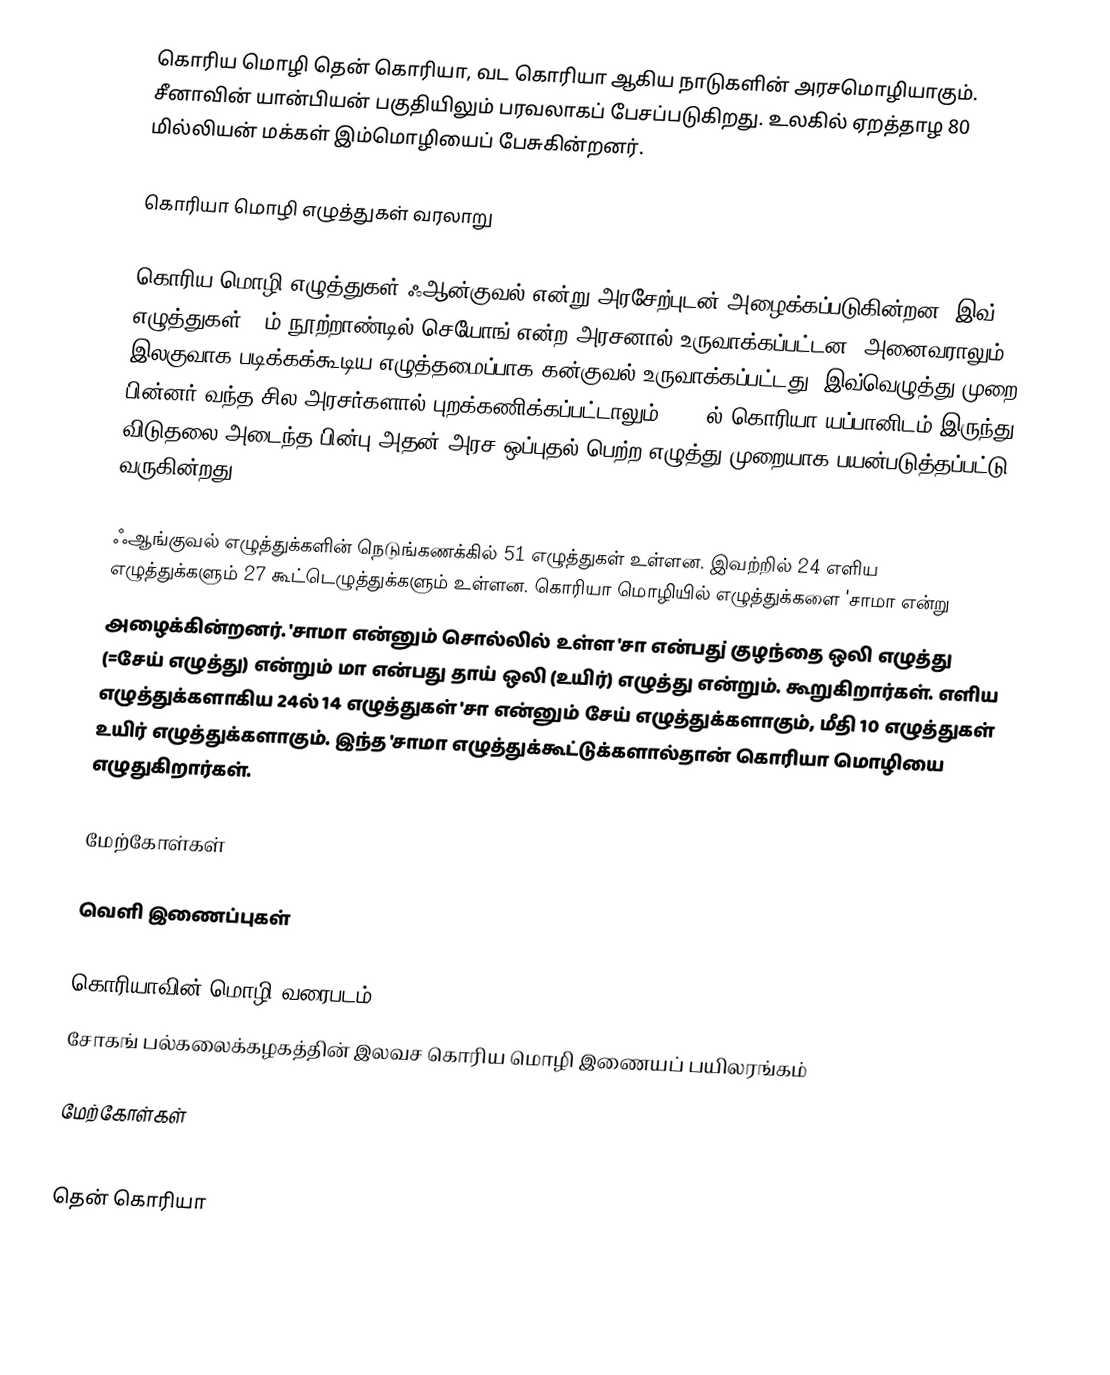
கொரிய மொழி தென் கொரியா, வட கொரியா ஆகிய நாடுகளின் அரசமொழியாகும். சீனாவின் யான்பியன் பகுதியிலும் பரவலாகப் பேசப்படுகிறது. உலகில் ஏறத்தாழ 80 மில்லியன் மக்கள் இம்மொழியைப் பேசுகின்றனர்.

கொரியா மொழி எழுத்துகள் வரலாறு

கொரிய மொழி எழுத்துகள் ஃஆன்குவல் என்று அரசேற்புடன் அழைக்கப்படுகின்றன. இவ் எழுத்துகள் 14ம் நூற்றாண்டில் செயோங் என்ற அரசனால் உருவாக்கப்பட்டன. அனைவராலும் இலகுவாக படிக்கக்கூடிய எழுத்தமைப்பாக கன்குவல் உருவாக்கப்பட்டது. இவ்வெழுத்து முறை பின்னர் வந்த சில அரசர்களால் புறக்கணிக்கப்பட்டாலும், 1945ல் கொரியா யப்பானிடம் இருந்து விடுதலை அடைந்த பின்பு அதன் அரச ஒப்புதல் பெற்ற எழுத்து முறையாக பயன்படுத்தப்பட்டு வருகின்றது.

ஃஆங்குவல் எழுத்துக்களின் நெடுங்கணக்கில் 51 எழுத்துகள் உள்ளன. இவற்றில் 24 எளிய எழுத்துக்களும் 27 கூட்டெழுத்துக்களும் உள்ளன. கொரியா மொழியில் எழுத்துக்களை 'சாமா என்று
அழைக்கின்றனர். 'சாமா என்னும் சொல்லில் உள்ள 'சா என்பது்  குழந்தை ஒலி எழுத்து  (=சேய் எழுத்து) என்றும் மா என்பது  தாய் ஒலி  (உயிர்) எழுத்து என்றும். கூறுகிறார்கள். எளிய எழுத்துக்களாகிய 24ல் 14 எழுத்துகள் 'சா என்னும் சேய் எழுத்துக்களாகும், மீதி 10 எழுத்துகள் உயிர் எழுத்துக்களாகும். இந்த 'சாமா எழுத்துக்கூட்டுக்களால்தான் கொரியா மொழியை எழுதுகிறார்கள்.

மேற்கோள்கள்

வெளி இணைப்புகள்

 கொரியாவின் மொழி வரைபடம்
 சோகங் பல்கலைக்கழகத்தின் இலவச கொரிய மொழி இணையப் பயிலரங்கம்

மேற்கோள்கள்

தென் கொரியா